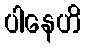
ပါနေဟိ